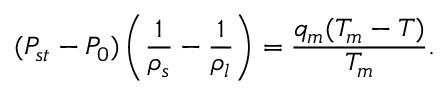
( P _ { s t } - P _ { 0 } ) \left( \frac { 1 } { \rho _ { s } } - \frac { 1 } { \rho _ { l } } \right) = \frac { q _ { m } ( T _ { m } - T ) } { T _ { m } } .